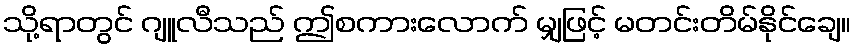
သို့ရာတွင် ဂျူလီသည် ဤစကားလောက် မျှဖြင့် မတင်းတိမ်နိုင်ချေ။